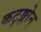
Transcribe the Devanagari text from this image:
कटुङ्कोन्